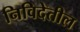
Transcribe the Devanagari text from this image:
निविदेतील